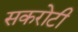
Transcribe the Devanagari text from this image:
सकरोटी